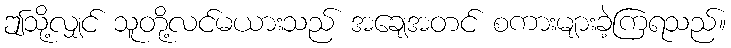
ဤသို့လျှင် သူတို့လင်မယားသည် အချေအတင် စကားများခဲ့ကြရသည်။